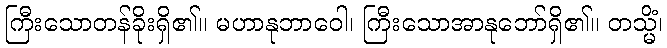
ကြီးသောတန်ခိုးရှိ၏။ မဟာနုဘာဝေါ၊ ကြီးသောအာနုဘော်ရှိ၏။ တသ္မိံ၊